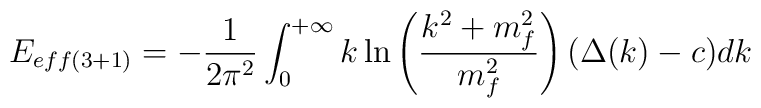
E_{eff(3+1)}=-\frac{1}{2\pi^{2}}\int_{0}^{+\infty}k\ln\left(\frac{k^{2}+m^{2}_{f}}{m_{f}^{2}}\right) (\Delta(k)-c) dk